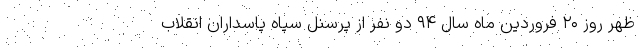
ظهر روز ۲۰ فروردین ماه سال ۹۴ دو نفر از پرسنل سپاه پاسداران انقلاب